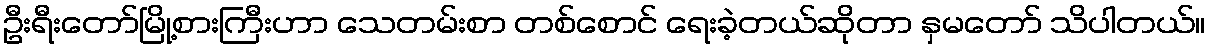
ဦးရီးတော်မြို့စားကြီးဟာ သေတမ်းစာ တစ်စောင် ရေးခဲ့တယ်ဆိုတာ နှမတော် သိပါတယ်။